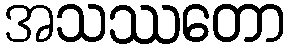
အသဿတော